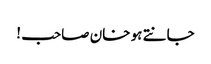
جانتے ہو خان صاحب !